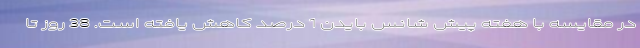
در مقایسه با هفته پیش شانس بایدن 1 درصد کاهش یافته است. 38 روز تا